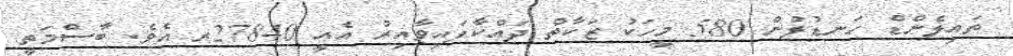
ތައިލެންޑް ހަނޑުލުން 580 މީހަކު ޒަކާތް ދައްކާފައިވާއިރު އެއީ 27840ރ އެވެ. ބާސްމަތީ